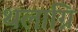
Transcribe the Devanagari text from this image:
थलाग्नि